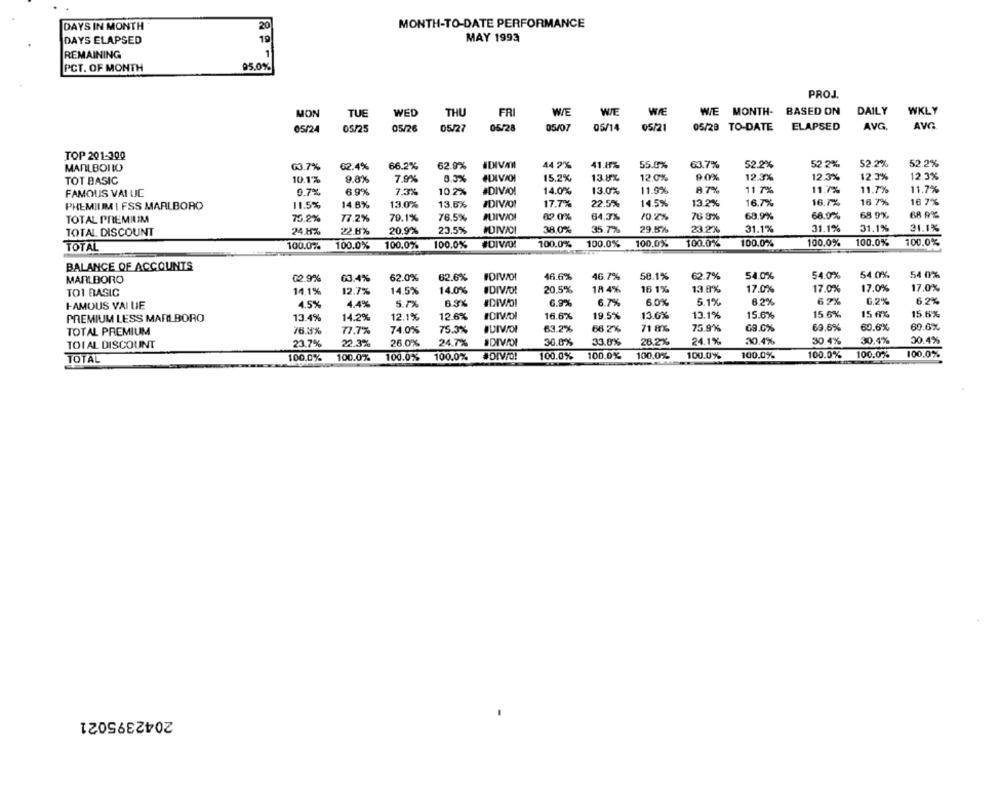
MONTH-TO-DATE PERFORMANCE
DAYS IN MONTH
20
DAYS ELAPSED
19
MAY 1993
REMAINING
1
PCT. OF MONTH
95.0%
PROJ.
MON
WED
FRI
WE
WIE
WE MONTH- BASED ON
DAILY
WKLY
TUE
THU
05/25
05/26
05/27
05/28
05/07
05/14
05/21
05/29 TO-DATE
ELAPSED
AVG
AVG
05/24
TOP 201-300
G3.7%
02.4%
66.2%
62.9%
#DIVAM
44 2%
41.8%
55.0%
63.7%
52.2%
52 2%
52.2%
52.2%
MARLBORO
TOT BASIC
10.1%
9.8%
7.9%
8.5%
HLXVOI
15.2%
13.8%
12 0%
9.0%
12.3%
12.3%
12.3%
12.3%
6.9%
7.3%
10.2%
#DIVIO!
14.0%
13.0%
11.9%
8.7%
11 7%
11.7%
11.7%
11.7%
FAMOUS VAL UJE
9.7%
PREMIUM I FSS MARLBORO
11.5%
14.8%
13.0%
13.6%
#DIVOI
17.7%
22.5%
14.5%
13.2%
16.7%
16.7%
16 7%
16 7%
68.9%
68.0%
68 9%
TOTAL PREMIUM
75.2%
77.2%
79.1%
76.5%
02.0%
64.3%
10.2%
76 8%
24.8%
20.9%
23.5%
IDIVADI
38.0%
35.7%
29.6%
23.2%
31.1%
31.1%
31.1%
31.1%
TOTAL DISCOUNT
22.6%
100.0%
100.0%
100.0%
100.0%
#DIVO!
100.0%
100.0%
100.0%
100.0%
100.0%
100.0%
100.0%
100.0%
TOTAL
BALANCE OF ACCOUNTS
02.9%
63.4%
62.0%
62.6%
46.6%
46.7%
50.1%
62.7%
54.0%
54.0%
54.0%
54 0%
MARLBORO
TO1 BASIC
14.1%
12.7%
14.5%
14.0%
#DIVO!
20,5%
18 4%
16 1%
13.8%
17.0%
17.0%
17.0%
17.0%
IDIVOI
6.7%
6.0%
5.1%
6 2%
62%
6.2%
6.2%
FAMOUS VAI UE
4.5%
4.4%
5.7%
6.3%
6.9%
13.4%
14.2%
12.1%
12.6%
16.6%
19.5%
13.6%
13.1%
15.6%
15.6%
15 6%
15.6%
PREMIUM LESS MARLBORO
TOTAL PREMIUM
77.7%
74.0%
75.3%
63.2%
66.2%
71 8%
75.9%
69.0%
69.6%
60.6%
60.6%
30.0%
33.8%
28.2%
24.1%
30.4%
30.4%
30.4%
30.4%
TOTAL DISCOUNT
23.7%
22.3%
26.0%
24.7%
DIVIOL
100.0%
100.0%
100.0%
100.0%
#DIVO!
100.0%
100,0%
100.0%
100.0%
100.0%
100.0%
100.0%
100,0%
TOTAL
2042395021